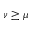
\nu \geq \mu